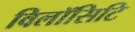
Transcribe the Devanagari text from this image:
विलॉसिटि